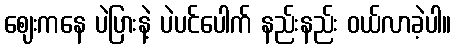
ဈေးကနေ ပဲပြားနဲ့ ပဲပင်ပေါက် နည်းနည်း ဝယ်လာခဲ့ပါ။